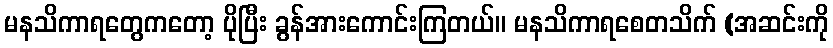
မနသိကာရတွေကတော့ ပိုပြီး ခွန်အားကောင်းကြတယ်။ မနသိကာရစေတသိက် (အဆင်းကို